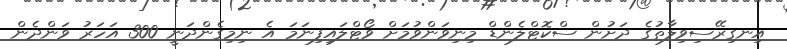
އިނގިރޭސިވިލާތުގެ ދަށުން ސްކޮޓްލެންޑް މިނިވަންވުމަށް ވޯޓްލައިފިނަމަ އެ ނިމިގެންދަނީ 300 އަހަރު ވަންދެން